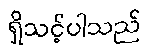
ရှိသင့်ပါသည်